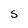
Character: S